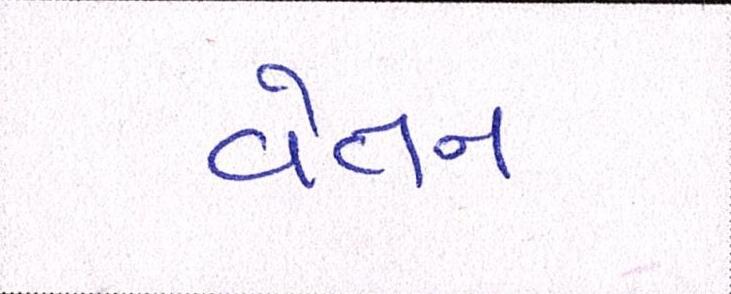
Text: વેતન